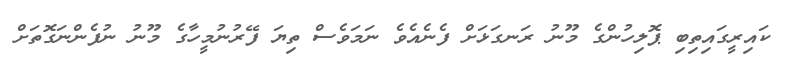
ކައިރީގައިތިބި ޕޮލިހުންގެ މޫނު ރަނގަޅަށް ފެނެއެވެ ނަމަވެސް ތިޔަ ފޭރުނުމީހާގެ މޫނު ނުފެންނަގޮތަށް